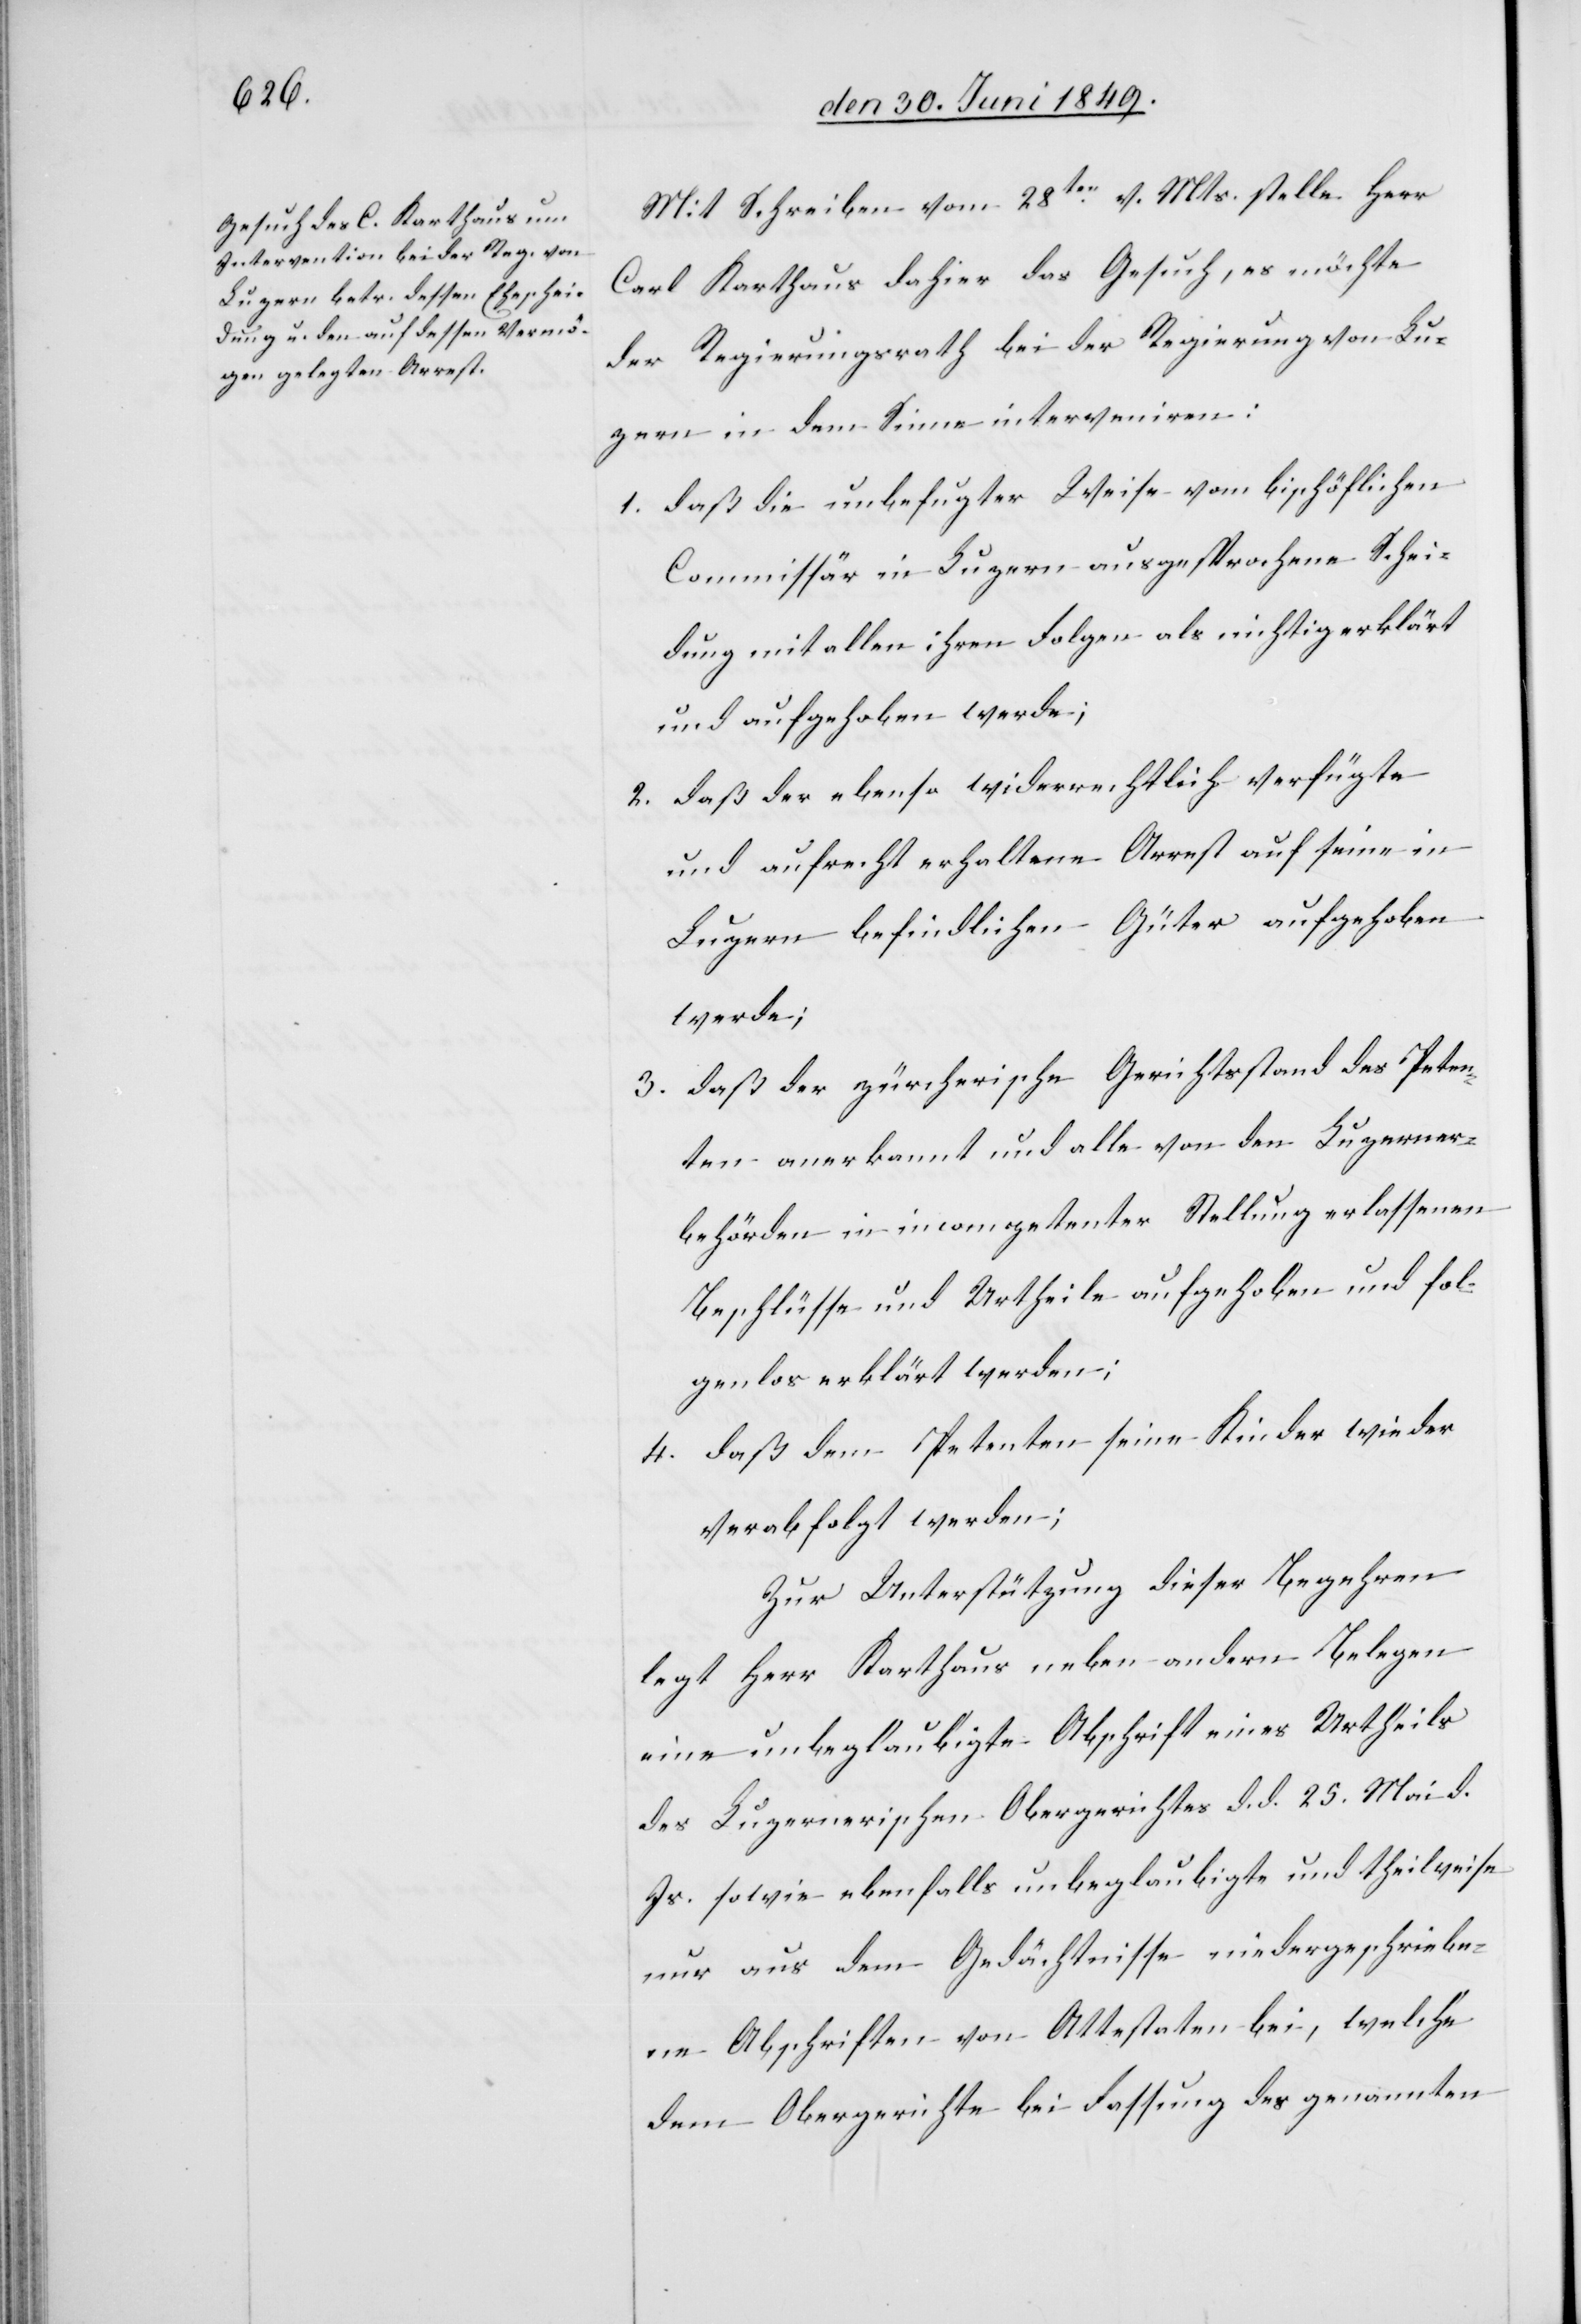
Mit Schreiben vom 28ten v. Mts. stelle Herr
Carl Karthaus dahier das Gesuch, es möchte
der Regierungsrath bei der Regierung von Lu¬
zern in dem Sinne interveniren:
1. daß die unbefugter Weise vom bischöflichen
Commissär in Luzern ausgesprochene Schei¬
dung mit allen ihren Folgen als nichtig erklärt
und aufgehoben werde;
2. daß der ebenso widerrechtlich verfügte
und aufrecht erhaltene Arrest auf seine in
Luzern befindlichen Güter aufgehoben
werde;
daß der zürcherische Gerichtsstand des Peten¬
3.
ten anerkannt und alle von den Luzerner¬
behörden in incompetenter Stellung erlassenen
Beschlüsse und Urtheile aufgehoben und fol¬
genlos erklärt werden;
4. daß dem Petenten seine Kinder wieder
verabfolgt werden;
Zur Unterstützung dieser Begehren
legt Herr Karthaus neben andern Belegen
eine unbeglaubigte Abschrift eines Urtheils
des Luzernerischen Obergerichtes d. d. 25. Mai d.
Js. sowie ebenfalls unbeglaubigte und theilweise
nur aus dem Gedächtnisse niedergeschriebe¬
ne Abschriften von Attestaten bei, welche
dem Obergerichte bei Fassung des genannten